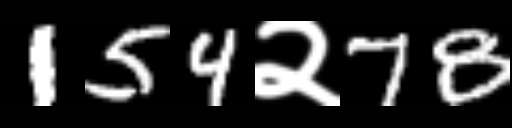
Text: 154२78